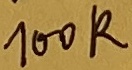
Text: 100K